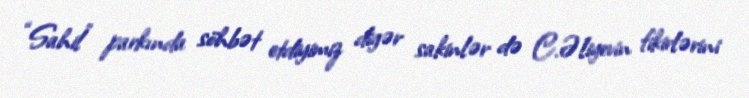
“Sahil” parkında söhbət etdiyimiz digər sakinlər də C.Əliyevin fikirlərini